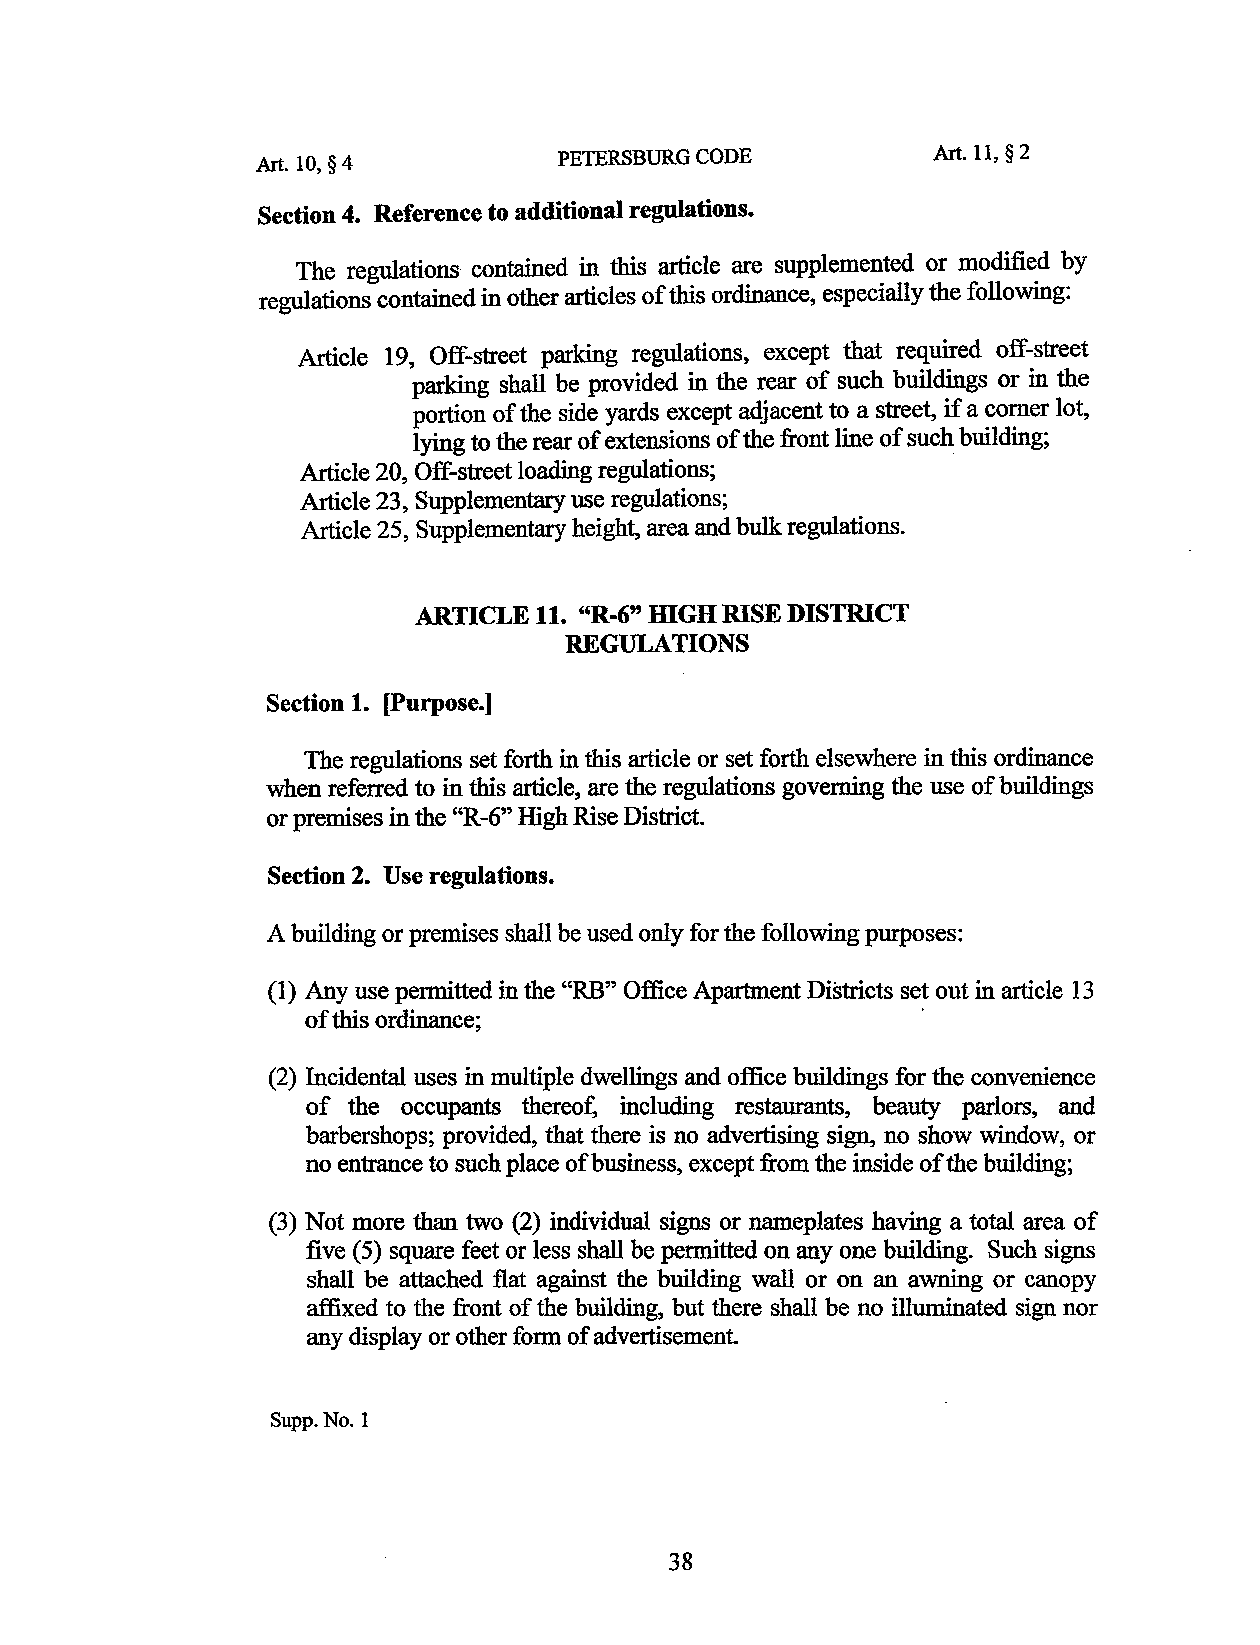
PETERSBURG CODE          Art. 11, § 2
 Art. 10, § 4
 Section 4. Reference to additional regulations.
 The regulations contained in this article are supplemented or modified by
 regulations contained in other articles of this ordinance, especially the following:
 Article 19, Off-street parking regulations, except that required off-street
 parking shall be provided in the rear of such buildings or in the
 portion of the side yards except adjacent to a street, if a comer lot,
 lying to the rear of extensions of the front line of such building;
 Article 20, Off-street loading regulations;
 Article 23, Supplementary use regulations;
 Article 25, Supplementary height, area and bulk regulations.
 ARTICLE 11. "R-6" ffiGH RISE DISTRICT
 REGULATIONS
 Section 1. [Purpose.]
 The regulations set forth in this article or set forth elsewhere in this ordinance
 when referred to in this article, are the regulations governing the use of buildings
 or premises in the ''R-6" High Rise District.
 Section 2. Use regulations.
 A building or premises shall be used only for the following purposes:
 (1) Any use permitted in the "RB" Office Apartment DiStricts set out in article 13
 of this ordinance;                      ·
 (2) Incidental uses in multiple dwellings and office buildings for the convenience
 of the occupants thereof, including restaurants, beauty parlors, and
 barbershops; provided, that there is no advertising sign, no show window, or
 no entrance to such place of business, except from the inside of the building;
 (3) Not more than two (2) individual signs or nameplates having a total area of
 five ( 5) square feet or less shall be permitted on any one building. Such signs
 shall be attached flat against the building wall or on an awning or canopy
 affixed to the front of the building, but there shall be no illuminated sign nor
 any display or other form of advertisement.
 Supp.No.l
 38